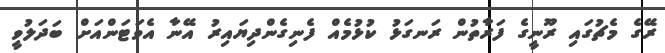
ރޭގެ މެޗުގައި ރޫނީގެ ފަރާތުން ރަނގަޅު ކުޅުމެއް ފެނިގެންދިޔައިރު އޭނާ އެވަޓަންއަށް ބަދަލުވީ